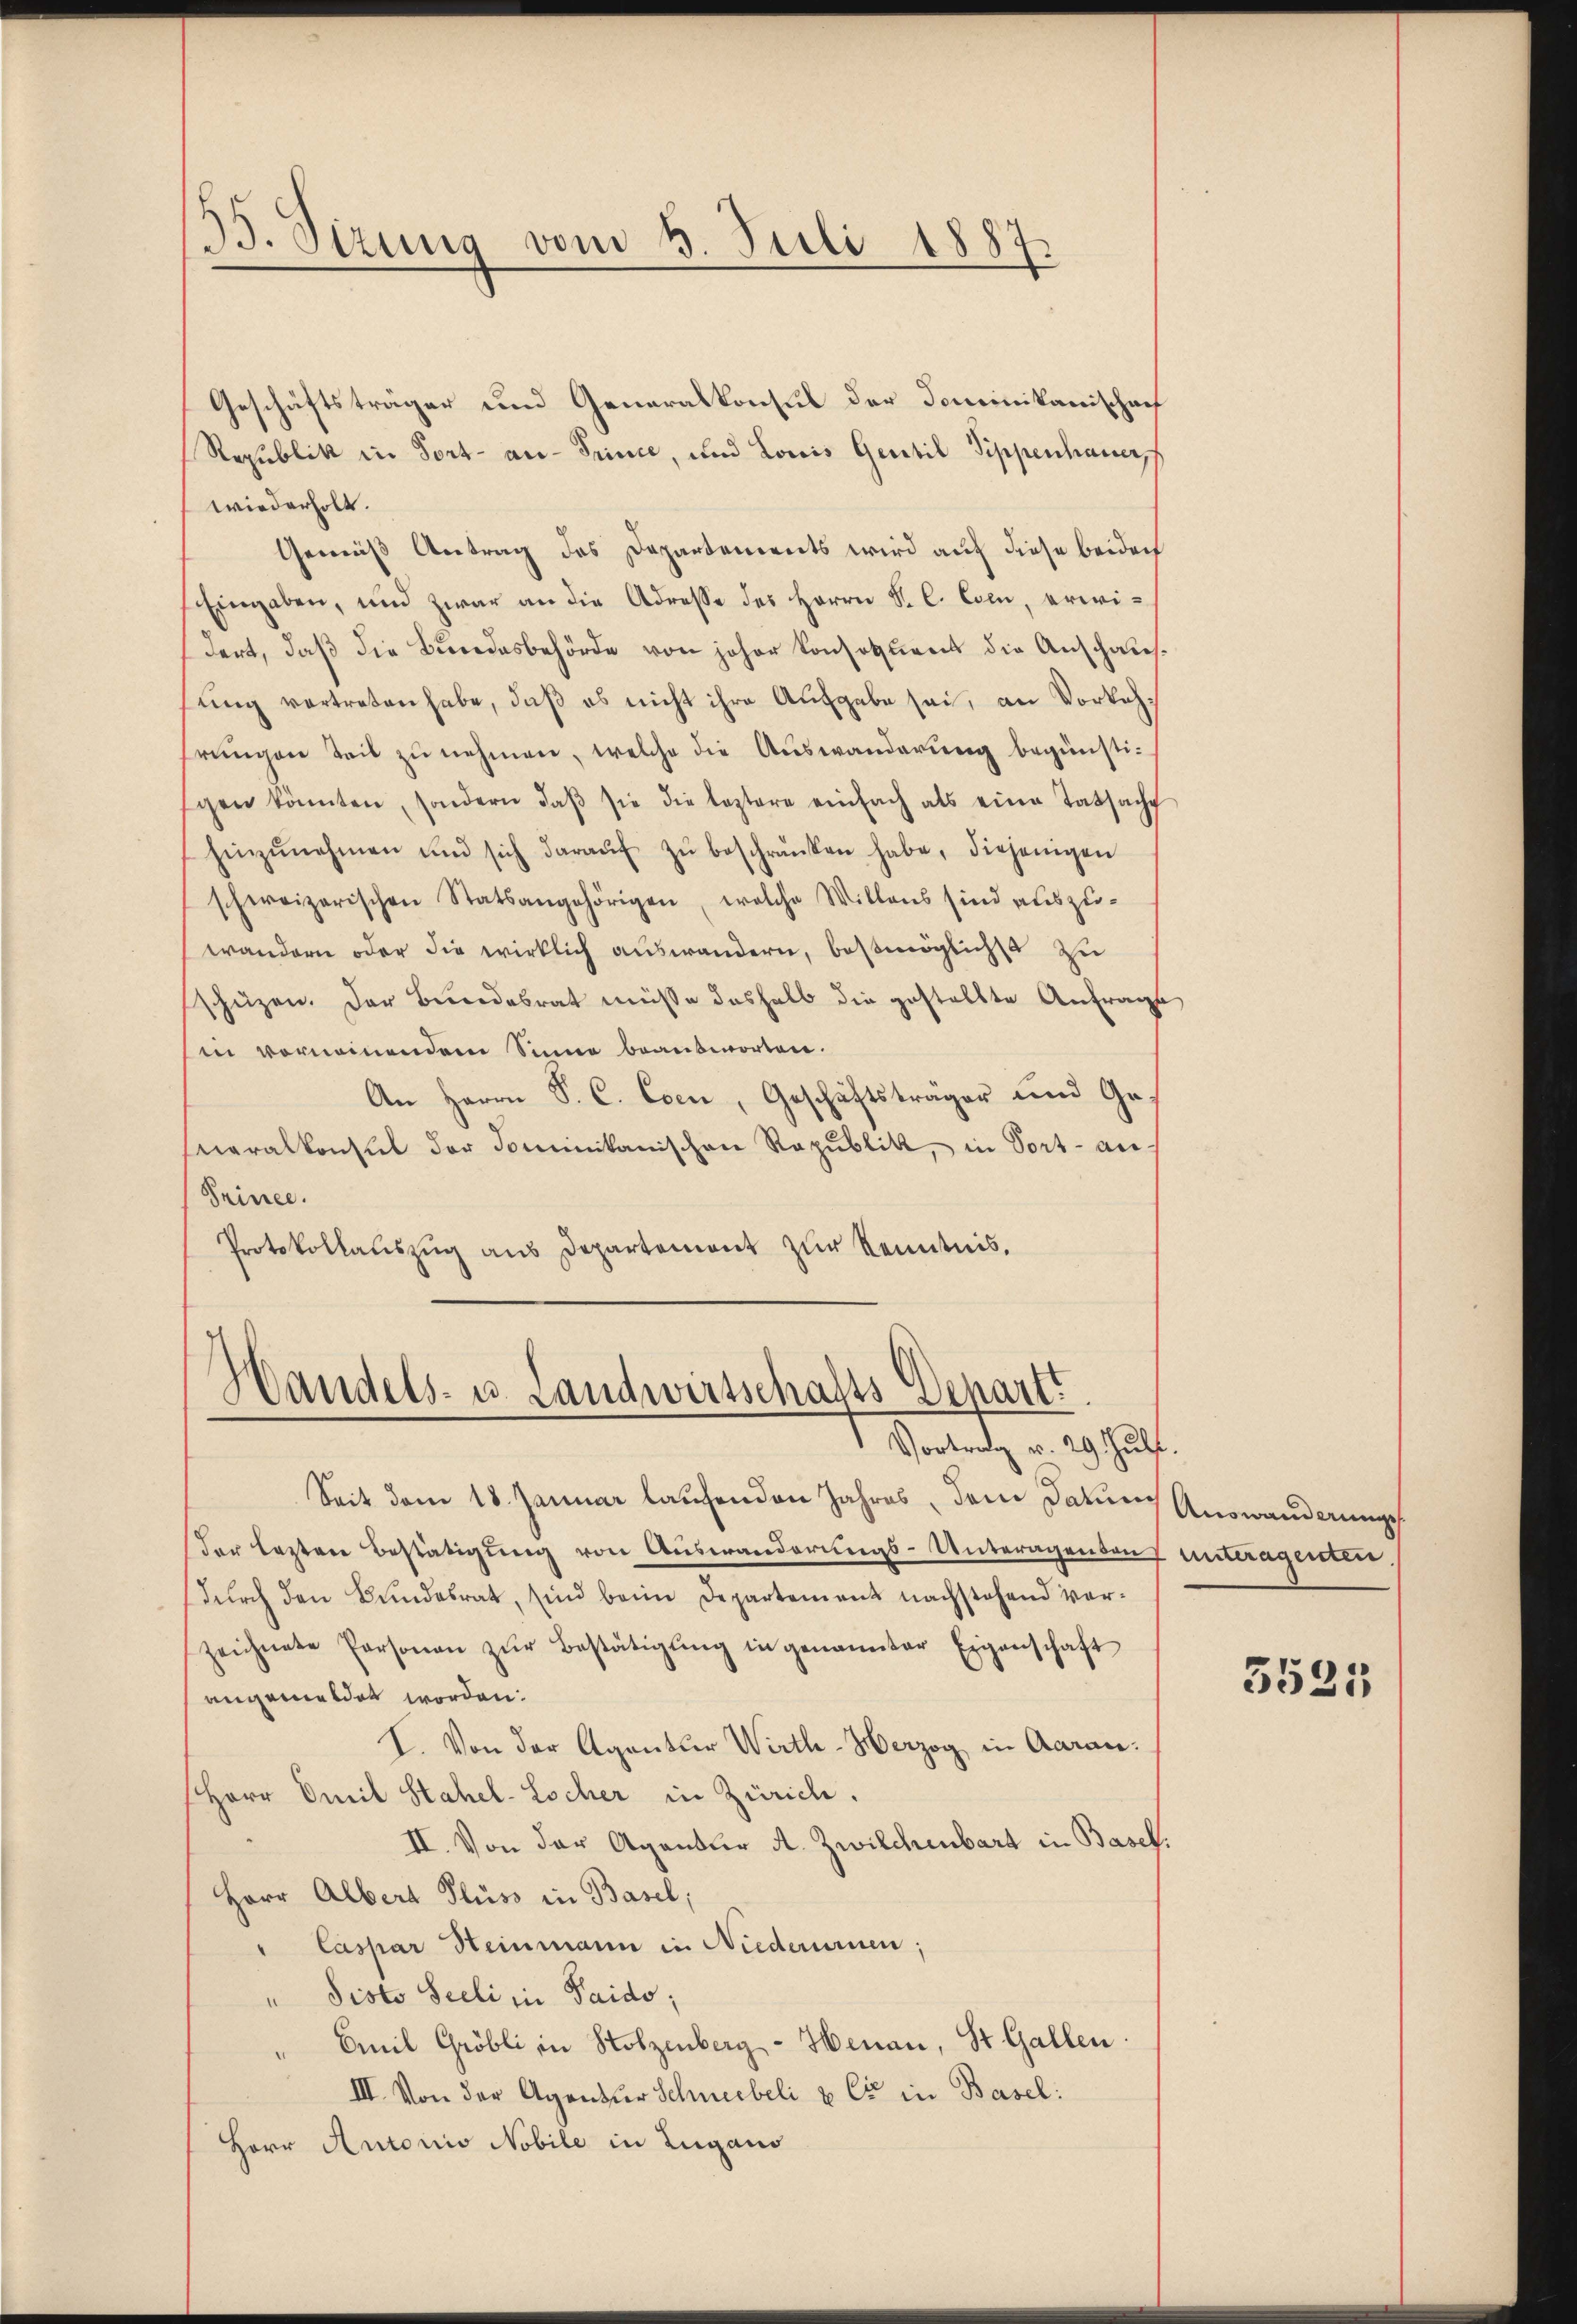
B. Sizung vom 5. Juli 1887.

Geschäftsträger und Generalkonsul der Dominikanischaf
Republik in Fort- an- Trince, und Louis Gentil Sippenhauer
wiederholt.
Gemäß Antrag das Departements wird auf diese beiden
Eingaben, und zwar an die Adresse des Herrn Sr. C. Com, erwidert, daß die Bundesbehörde von jeher Konsoluent die Anschausung vertreten habe, daß es nicht ihre Aufgabe sei, an Vorkeh
hrungen Teil zu nehmen, welche die Auswanderung begünstigen könnten, sondern daβ sie die leztere einfach als eine Tatsache
hinzŭnehmen und sich daraŭf zŭ beschränken habe, diejenigen
schweizerischen Statsangehörigen, welche Willens sind auszu-
wandern oder die wirklich auswandern, bestmöglichst zu
schüzen. Der Bundesrat müsse deshalb die gestellte Anfrage
Ein vornemmendem Sinne beantworten.
An Herrn S. C. Csen, Geschäftsträger und Generalkonsul der Dominikanischen Republik, in Vort- an¬
(Prince.
Protokollauszug aus Departement zur Kenntnis,

Handels- u. Landwirtschafts-Depart.
Vortrag v. 29 Jul.

Seit dem 18. Januar laufenden Jahres, dem Datums Auswanderungs
Der lezten Bestätigung von Auswanderungs-Unteragenden unteragenten
dŭrch den Bundesrat, sind beim Departement nachstehend verzeichnete Personen zŭr Bestätigŭng in genannter Eigenschaft
angemeldet worden.
I. Von der Agantur Wirth-Herzog in Aaran:
Herr Emil Stahel-Locher in Zürich.
II. Von der Agentur A. Zwilchenbart in Basel.
Herr Albert Fluss in Basel;
Caspar Heinmann in Niederinnen;
" Pisto Seeli in Paido;
Emil Gröbli in Holzenberg - Henau, St. Gallen.
III. Von der Agentur Schneebeli & Cie in Basel:
Herr Antonio Nobile in Lugano

3525